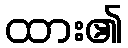
ထား၏